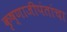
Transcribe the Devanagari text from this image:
कृष्णाजीपंतांचा